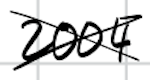
Text: 2004
Cross-out: cross
Writing tool: digital_black